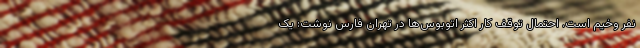
نفر وخیم است. احتمال توقف کار اکثر اتوبوس‌ها در تهران فارس نوشت: یک